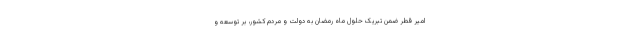
امیر قطر ضمن تبریک حلول ماه رمضان به دولت و مردم کشور، بر توسعه و